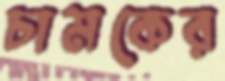
চামকের